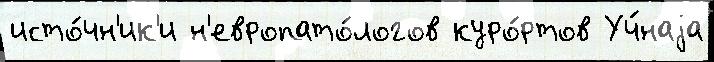
исто́чн'ик'и н'европато́логов куро́ртов Уч́наjа